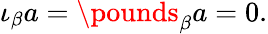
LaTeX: \iota_{\beta}a=\pounds_{\beta}a=0.